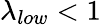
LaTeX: \lambda_{low}<1